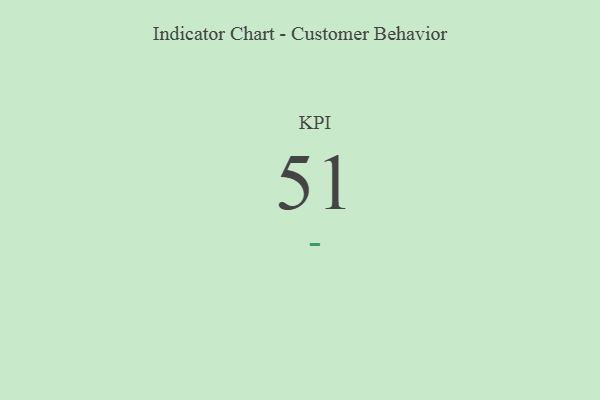
{"axis": {"x": "KPI", "y": "Value"}, "legend": [""], "data": [{"x": "KPI", "y": 51, "type": ""}]}